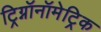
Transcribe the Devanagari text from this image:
ट्रिग्नॉनॉमेट्रिक